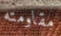
مقاومته